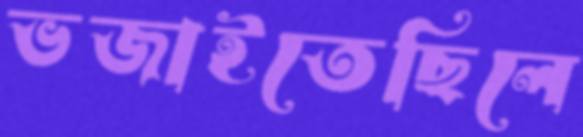
ভজাইতেছিলে